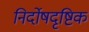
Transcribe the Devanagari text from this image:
निर्दोषदृष्टिक